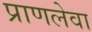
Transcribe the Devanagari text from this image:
प्राणलेवा